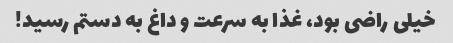
خیلی راضی بود، غذا به سرعت و داغ به دستم رسید!